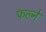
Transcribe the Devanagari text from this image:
फल्ने